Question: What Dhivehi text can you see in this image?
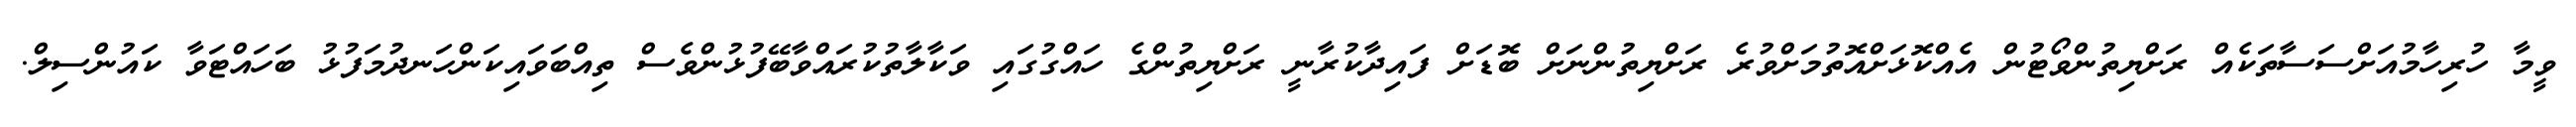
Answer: ވީމާ ހުރިހާމުއަށްސަސާތަކެއް ރަށްޔިތުންވޯޓުން އެއްކޮޅަށްއޮތުމަށްވުރެ ރަށްޔިތުންނަށް ބޮޑަށް ފައިދާކުރާނީ ރަށްޔިތުންގެ ހައްގުގައި ވަކާލާތުކުރައްވާބޭފުޅުންވެސް ތިއްބަވައިކަންހަނދުމަފުޅު ބަހައްޓަވާ ކައުންސިލް.